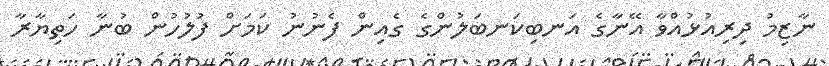
ނާޒިމު ދިރިއުޅުއްވާ އޭނާގެ އަނބިކަނބަލުންގެ ގެއިން ފެނުނު ކަމަށް ފުލުހުން ބުނާ ހަތިޔާރާ